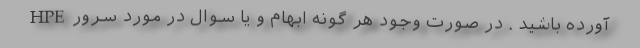
آورده باشید . در صورت وجود هر گونه ابهام و یا سوال در مورد سرورHPE